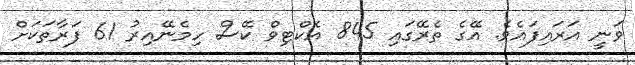
ވަނީ އަރައިފައެވެ. އޭގެ ތެރޭގައި 845 އެކްޓިވް ކޭސް ހިމެނޭއިރު 61 ފަރާތަކަށް